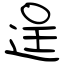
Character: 逞